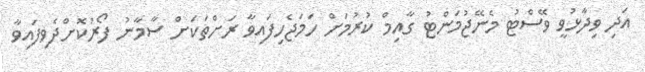
އަދި ވިދާޅުވީ ވޭސްޓު މެނޭޖުމަންޓު ގާއިމް ކުރުމަށް ހަމަޖެހިފައިވާ ރަށްތަކަށް ސާމާނު ފޯރުކޮށްދެވިފައިވާ